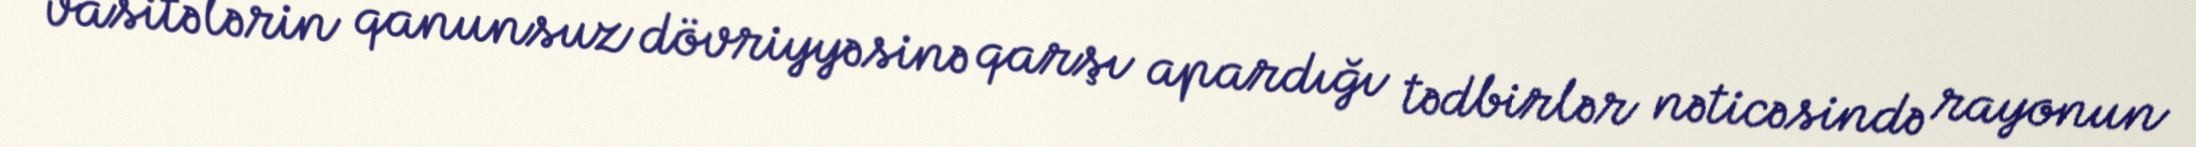
vasitələrin qanunsuz dövriyyəsinə qarşı apardığı tədbirlər nəticəsində rayonun